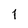
Character: 1